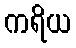
ကရိယ